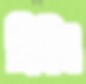
ছিরিং